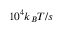
1 0 ^ { 4 } k _ { B } T / s